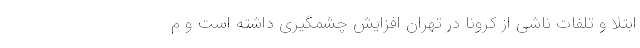
ابتلا و تلفات ناشی از کرونا در تهران افزایش چشمگیری داشته است و م